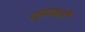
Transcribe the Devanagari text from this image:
शूद्राकरी